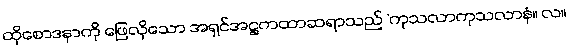
ထိုစောဒနာကို ဖြေလိုသော အရှင်အဋ္ဌကထာဆရာသည် ‘ကုသလာကုသလာနံ။ လ။